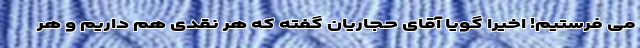
می فرستیم! اخیرا گویا آقای حجاریان گفته که هر نقدی هم داریم و هر